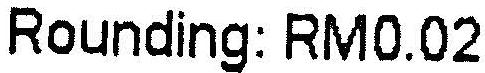
ROUNDING: RM0.02